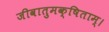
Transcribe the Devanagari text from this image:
जीवातुमक्षिताम्।